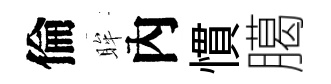
倫眸內慣臈